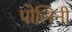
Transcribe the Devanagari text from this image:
पोलिनी